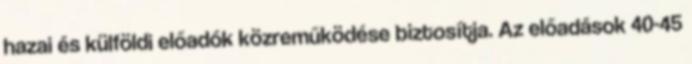
hazai és külföldi előadók közreműködése biztosítja. Az előadások 40-45